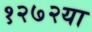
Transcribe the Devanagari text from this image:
१२७२या